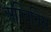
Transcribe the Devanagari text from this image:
अग्विनिस